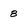
Character: 8